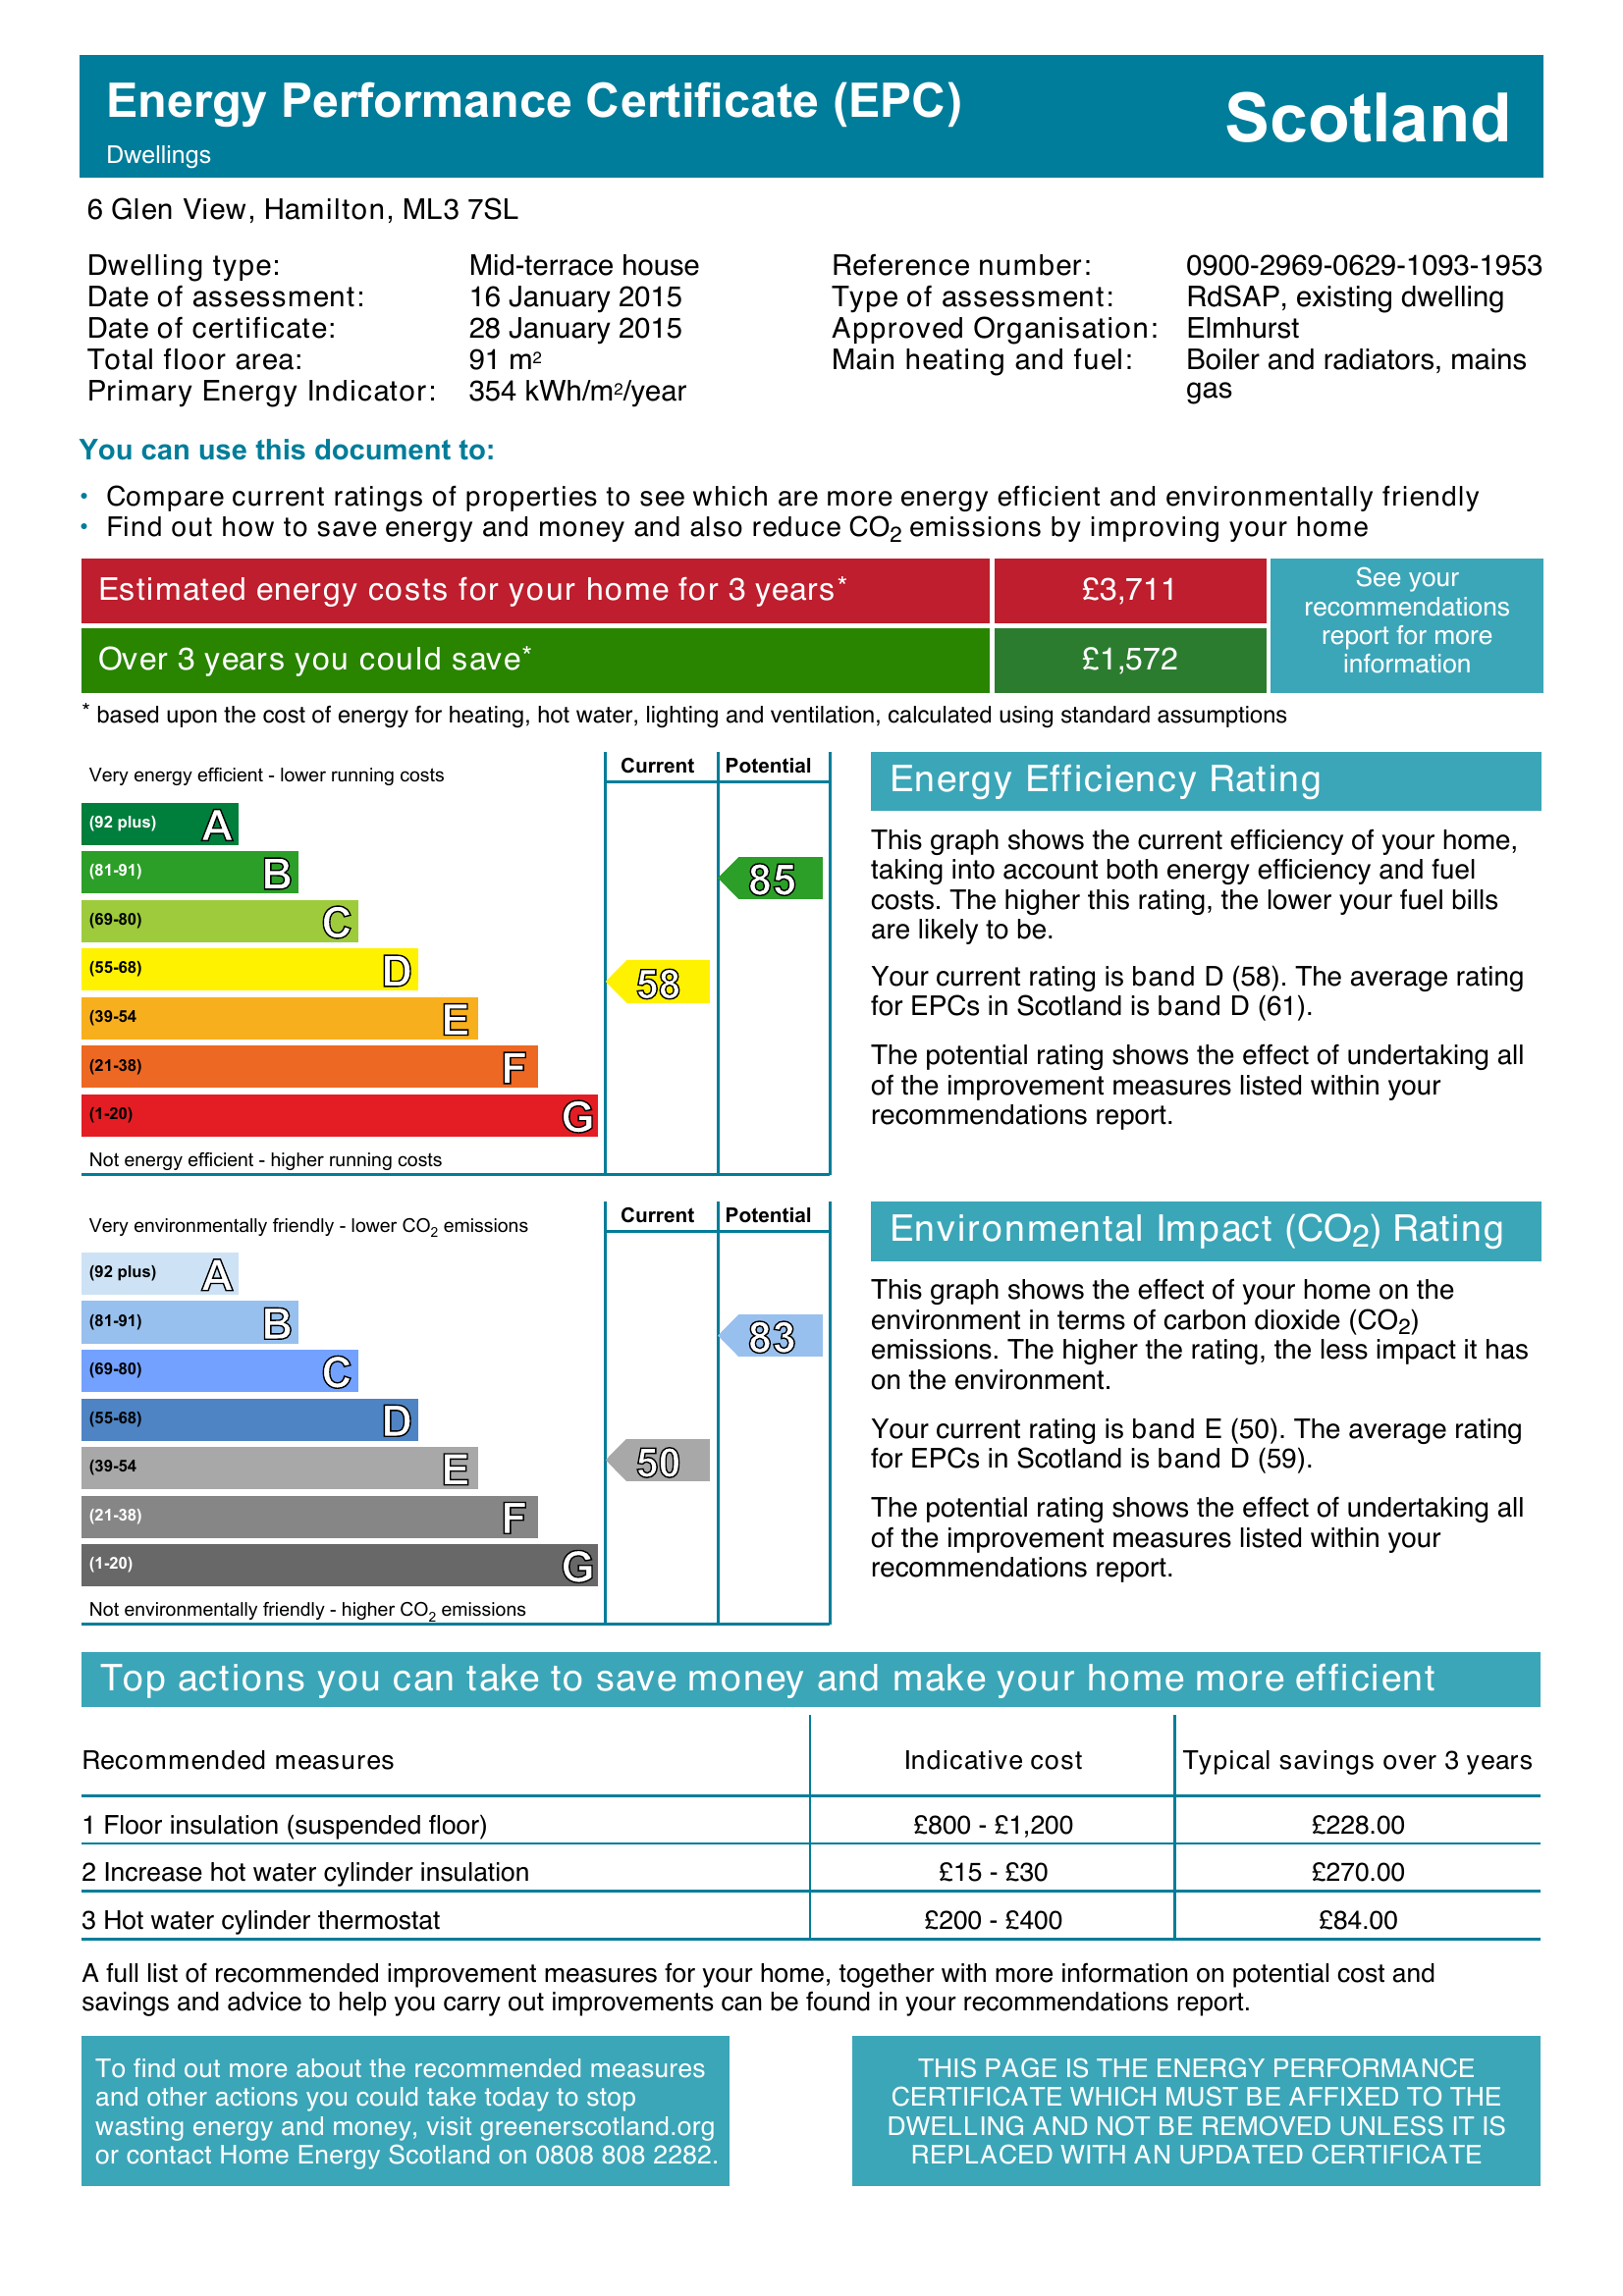
Current energy efficiency rating: D (score 58)
Potential energy efficiency rating: B (score 85)
Current environmental impact (CO2) rating: E (score 50)
Potential environmental impact (CO2) rating: B (score 83)